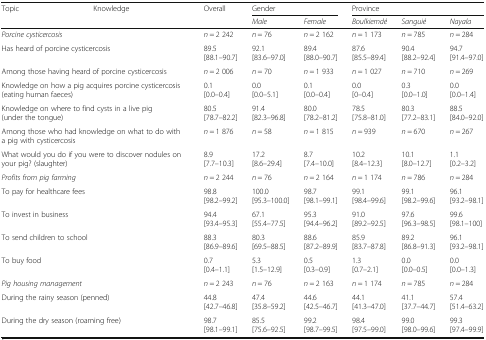
<table><thead><tr><td rowspan="2"><b>Topic</b></td><td rowspan="2"><b>Knowledge</b></td><td rowspan="2"><b>Overall</b></td><td colspan="2"><b>Gender</b></td><td colspan="3"><b>Province</b></td></tr><tr><td><b><i>Male</i></b></td><td><b><i>Female</i></b></td><td><b><i>Boulkiemdé</i></b></td><td><b><i>Sanguié</i></b></td><td><b><i>Nayala</i></b></td></tr></thead><tbody><tr><td colspan="2"><i>Porcine cysticercosis</i></td><td><i>n</i> = 2 242</td><td><i>n</i> = 76</td><td><i>n</i> = 2 162</td><td><i>n</i> = 1 173</td><td><i>n</i> = 785</td><td><i>n</i> = 284</td></tr><tr><td colspan="2">Has heard of porcine cysticercosis</td><td>89.5[88.1–90.7]</td><td>92.1[83.6–97.0]</td><td>89.4[88.0–90.7]</td><td>87.6[85.5–89.4]</td><td>90.4[88.2–92.4]</td><td>94.7[91.4–97.0]</td></tr><tr><td colspan="2">Among those having heard of porcine cysticercosis</td><td><i>n</i> = 2 006</td><td><i>n</i> = 70</td><td><i>n</i> = 1 933</td><td><i>n</i> = 1 027</td><td><i>n</i> = 710</td><td><i>n</i> = 269</td></tr><tr><td colspan="2">Knowledge on how a pig acquires porcine cysticercosis (eating human faeces)</td><td>0.1[0.0–0.4]</td><td>0.0[0.0–5.1]</td><td>0.1[0.0–0.4]</td><td>0.0[0–0.4]</td><td>0.3[0.0–1.0]</td><td>0.0[0.0–1.4]</td></tr><tr><td colspan="2">Knowledge on where to find cysts in a live pig (under the tongue)</td><td>80.5[78.7–82.2]</td><td>91.4[82.3–96.8]</td><td>80.0[78.2–81.2]</td><td>78.5[75.8–81.0]</td><td>80.3[77.2–83.1]</td><td>88.5[84.0–92.0]</td></tr><tr><td colspan="2">Among those who had knowledge on what to do with a pig with cysticercosis</td><td><i>n</i> = 1 876</td><td><i>n</i> = 58</td><td><i>n</i> = 1 815</td><td><i>n</i> = 939</td><td><i>n</i> = 670</td><td><i>n</i> = 267</td></tr><tr><td colspan="2">What would you do if you were to discover nodules on your pig? (slaughter)</td><td>8.9[7.7–10.3]</td><td>17.2[8.6–29.4]</td><td>8.7[7.4–10.0]</td><td>10.2[8.4–12.3]</td><td>10.1[8.0–12.7]</td><td>1.1[0.2–3.2]</td></tr><tr><td colspan="2"><i>Profits from pig farming</i></td><td><i>n</i> = 2 244</td><td><i>n</i> = 76</td><td><i>n</i> = 2 164</td><td><i>n</i> = 1 174</td><td><i>n</i> = 786</td><td><i>n</i> = 284</td></tr><tr><td colspan="2">To pay for healthcare fees</td><td>98.8[98.2–99.2]</td><td>100.0[95.3–100.0]</td><td>98.7[98.1–99.1]</td><td>99.1[98.4–99.6]</td><td>99.1[98.2–99.6]</td><td>96.1[93.2–98.1]</td></tr><tr><td colspan="2">To invest in business</td><td>94.4[93.4–95.3]</td><td>67.1[55.4–77.5]</td><td>95.3[94.4–96.2]</td><td>91.0[89.2–92.5]</td><td>97.6[96.3–98.5]</td><td>99.6[98.1–100]</td></tr><tr><td colspan="2">To send children to school</td><td>88.3[86.9–89.6]</td><td>80.3[69.5–88.5]</td><td>88.6[87.2–89.9]</td><td>85.9[83.7–87.8]</td><td>89.2[86.8–91.3]</td><td>96.1[93.2–98.1]</td></tr><tr><td colspan="2">To buy food</td><td>0.7[0.4–1.1]</td><td>5.3[1.5–12.9]</td><td>0.5[0.3–0.9]</td><td>1.3[0.7–2.1]</td><td>0.0[0.0–0.5]</td><td>0.0[0.0–1.3]</td></tr><tr><td colspan="2"><i>Pig housing management</i></td><td><i>n</i> = 2 243</td><td><i>n</i> = 76</td><td><i>n</i> = 2 163</td><td><i>n</i> = 1 174</td><td><i>n</i> = 785</td><td><i>n</i> = 284</td></tr><tr><td colspan="2">During the rainy season (penned)</td><td>44.8[42.7–46.8]</td><td>47.4[35.8–59.2]</td><td>44.6[42.5–46.7]</td><td>44.1[41.3–47.0]</td><td>41.1[37.7–44.7]</td><td>57.4[51.4–63.2]</td></tr><tr><td colspan="2">During the dry season (roaming free)</td><td>98.7[98.1–99.1]</td><td>85.5[75.6–92.5]</td><td>99.2[98.7–99.5]</td><td>98.4[97.5–99.0]</td><td>99.0[98.0–99.6]</td><td>99.3[97.4–99.9]</td></tr></tbody></table>